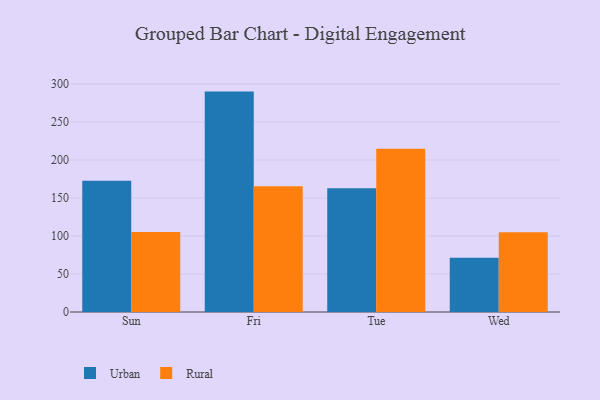
{"axis": {"x": "Day", "y": "Shipments"}, "legend": ["Rural", "Urban"], "data": [{"x": "Sun", "y": 172.6, "type": "Urban"}, {"x": "Sun", "y": 105.3, "type": "Rural"}, {"x": "Fri", "y": 290.0, "type": "Urban"}, {"x": "Fri", "y": 165.6, "type": "Rural"}, {"x": "Tue", "y": 162.8, "type": "Urban"}, {"x": "Tue", "y": 214.8, "type": "Rural"}, {"x": "Wed", "y": 71.5, "type": "Urban"}, {"x": "Wed", "y": 104.9, "type": "Rural"}]}